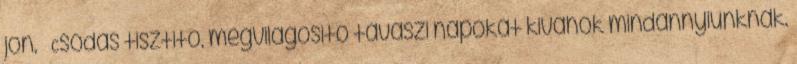
jon. 🙁 Csodas tisztito, megvilagosito tavaszi napokat kivanok mindannyiunknak.